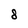
Character: 8